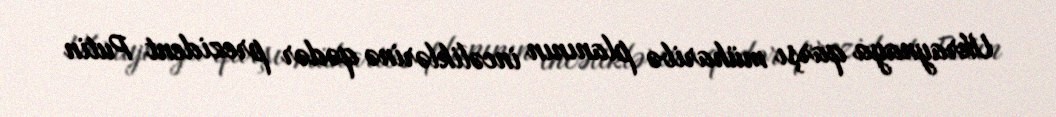
Ukraynaya qarşı müharibə planının incəliklərinə qədər prezident Putin